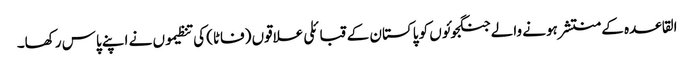
القاعدہ کے منتشر ہونے والے جنگجوئوں کو پاکستان کے قبائلی علاقوں (فاٹا) کی تنظیموں نے اپنے پاس رکھا۔